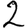
Digit: 2